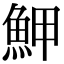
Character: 魻